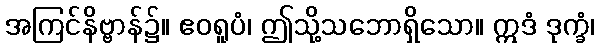
အကြင်နိဗ္ဗာန်၌။ ဧဝရူပံ၊ ဤသို့သဘောရှိသော။ ဣဒံ ဒုက္ခံ၊